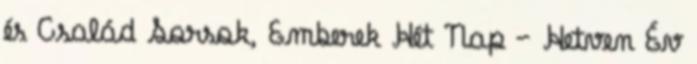
és Család Sorsok, Emberek Hét Nap — Hetven Év